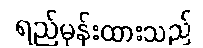
ရည်မှန်းထားသည်